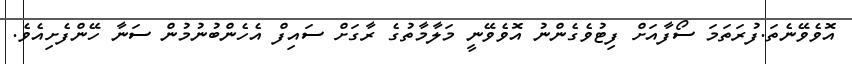
އޮވެވޭނެތަ.ފުރަތަމަ ސޯފާއަށް ފިޓުވެގެންނު އޮވެވޭނީ މަލާމާތުގެ ރާގަށް ސައިފް އެހެންބުނުމުން ސަނާ ހޭންފެށިއެވެ.